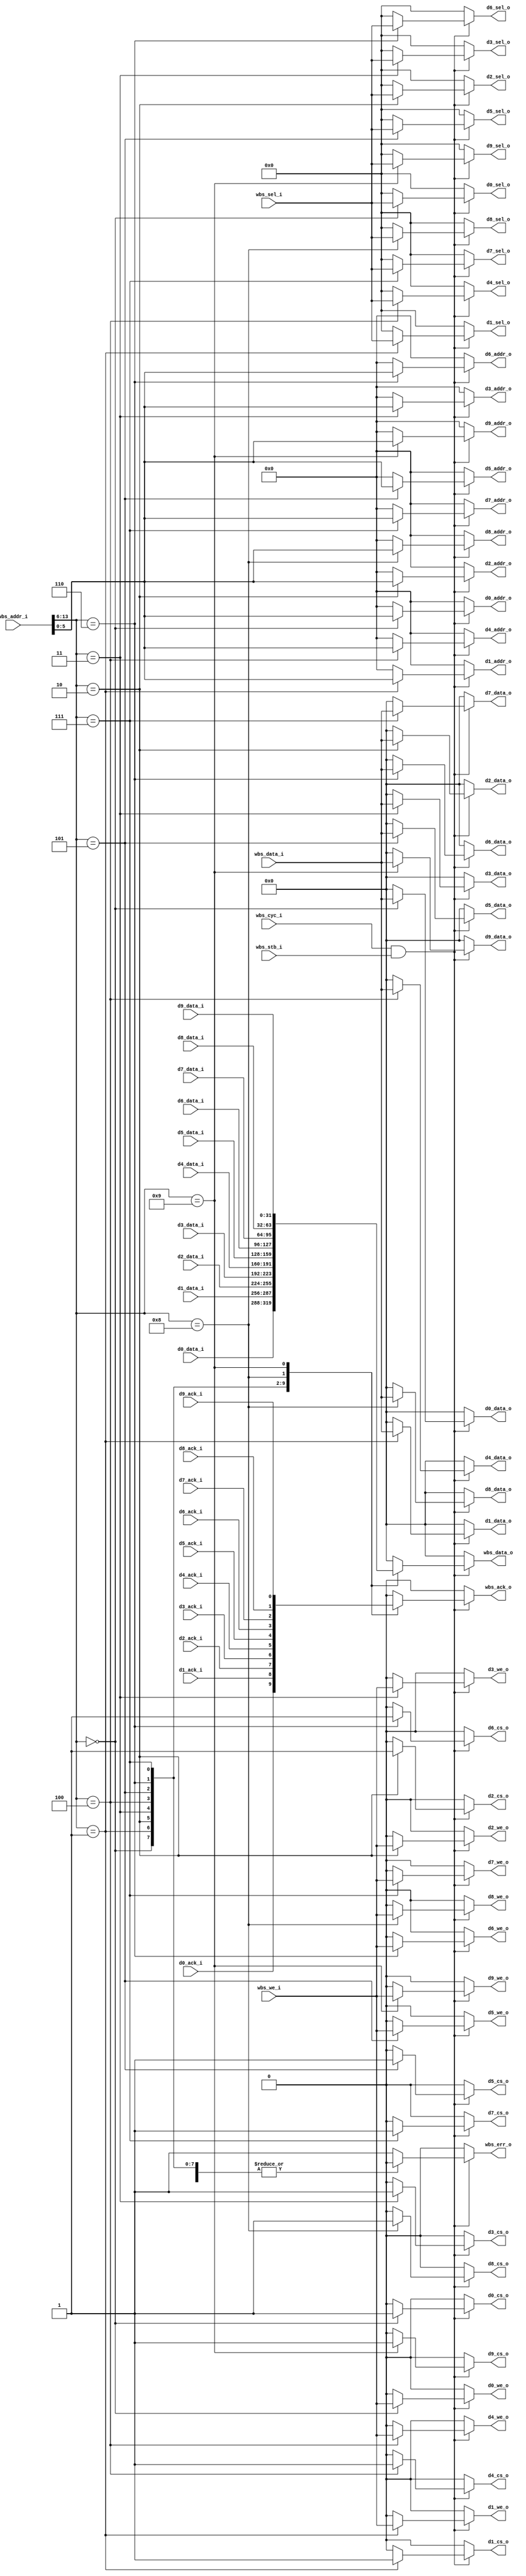
module wb_dev_adapter (
	// wishbone slave interfaces
	input wire wbs_cyc_i,
	input wire wbs_stb_i,
	input wire [TOTAL_ADDR_BITS-1:2] wbs_addr_i,
	input wire [3:0] wbs_sel_i,
	input wire wbs_we_i,
	input wire [31:0] wbs_data_i,
	output reg [31:0] wbs_data_o,
	output reg wbs_ack_o,
	output reg wbs_err_o,
	// slave device 0
	output reg d0_cs_o,
	output reg [SINGLE_ADDR_BITS-1:2] d0_addr_o,
	output reg [3:0] d0_sel_o,
	output reg d0_we_o,
	output reg [31:0] d0_data_o,
	input wire [31:0] d0_data_i,
	input wire d0_ack_i,
	// slave device 1
	output reg d1_cs_o,
	output reg [SINGLE_ADDR_BITS-1:2] d1_addr_o,
	output reg [3:0] d1_sel_o,
	output reg d1_we_o,
	output reg [31:0] d1_data_o,
	input wire [31:0] d1_data_i,
	input wire d1_ack_i,
	// slave device 2
	output reg d2_cs_o,
	output reg [SINGLE_ADDR_BITS-1:2] d2_addr_o,
	output reg [3:0] d2_sel_o,
	output reg d2_we_o,
	output reg [31:0] d2_data_o,
	input wire [31:0] d2_data_i,
	input wire d2_ack_i,
	// slave device 3
	output reg d3_cs_o,
	output reg [SINGLE_ADDR_BITS-1:2] d3_addr_o,
	output reg [3:0] d3_sel_o,
	output reg d3_we_o,
	output reg [31:0] d3_data_o,
	input wire [31:0] d3_data_i,
	input wire d3_ack_i,
	// slave device 4
	output reg d4_cs_o,
	output reg [SINGLE_ADDR_BITS-1:2] d4_addr_o,
	output reg [3:0] d4_sel_o,
	output reg d4_we_o,
	output reg [31:0] d4_data_o,
	input wire [31:0] d4_data_i,
	input wire d4_ack_i,
	// slave device 5
	output reg d5_cs_o,
	output reg [SINGLE_ADDR_BITS-1:2] d5_addr_o,
	output reg [3:0] d5_sel_o,
	output reg d5_we_o,
	output reg [31:0] d5_data_o,
	input wire [31:0] d5_data_i,
	input wire d5_ack_i,
	// slave device 6
	output reg d6_cs_o,
	output reg [SINGLE_ADDR_BITS-1:2] d6_addr_o,
	output reg [3:0] d6_sel_o,
	output reg d6_we_o,
	output reg [31:0] d6_data_o,
	input wire [31:0] d6_data_i,
	input wire d6_ack_i,
	// slave device 7
	output reg d7_cs_o,
	output reg [SINGLE_ADDR_BITS-1:2] d7_addr_o,
	output reg [3:0] d7_sel_o,
	output reg d7_we_o,
	output reg [31:0] d7_data_o,
	input wire [31:0] d7_data_i,
	input wire d7_ack_i,
	// slave device 8
	output reg d8_cs_o,
	output reg [SINGLE_ADDR_BITS-1:2] d8_addr_o,
	output reg [3:0] d8_sel_o,
	output reg d8_we_o,
	output reg [31:0] d8_data_o,
	input wire [31:0] d8_data_i,
	input wire d8_ack_i,
	// slave device 9
	output reg d9_cs_o,
	output reg [SINGLE_ADDR_BITS-1:2] d9_addr_o,
	output reg [3:0] d9_sel_o,
	output reg d9_we_o,
	output reg [31:0] d9_data_o,
	input wire [31:0] d9_data_i,
	input wire d9_ack_i
	);
	
	parameter
		TOTAL_ADDR_BITS = 16,  // address length for the whole device I/O space
		SINGLE_ADDR_BITS = 8;  // address length for single device I/O space
	
	always @(*) begin
		d0_cs_o = 0;
		d0_addr_o = 0;
		d0_sel_o = 0;
		d0_we_o = 0;
		d0_data_o = 0;
		d1_cs_o = 0;
		d1_addr_o = 0;
		d1_sel_o = 0;
		d1_we_o = 0;
		d1_data_o = 0;
		d2_cs_o = 0;
		d2_addr_o = 0;
		d2_sel_o = 0;
		d2_we_o = 0;
		d2_data_o = 0;
		d3_cs_o = 0;
		d3_addr_o = 0;
		d3_sel_o = 0;
		d3_we_o = 0;
		d3_data_o = 0;
		d4_cs_o = 0;
		d4_addr_o = 0;
		d4_sel_o = 0;
		d4_we_o = 0;
		d4_data_o = 0;
		d5_cs_o = 0;
		d5_addr_o = 0;
		d5_sel_o = 0;
		d5_we_o = 0;
		d5_data_o = 0;
		d6_cs_o = 0;
		d6_addr_o = 0;
		d6_sel_o = 0;
		d6_we_o = 0;
		d6_data_o = 0;
		d7_cs_o = 0;
		d7_addr_o = 0;
		d7_sel_o = 0;
		d7_we_o = 0;
		d7_data_o = 0;
		d8_cs_o = 0;
		d8_addr_o = 0;
		d8_sel_o = 0;
		d8_we_o = 0;
		d8_data_o = 0;
		d9_cs_o = 0;
		d9_addr_o = 0;
		d9_sel_o = 0;
		d9_we_o = 0;
		d9_data_o = 0;
		if (wbs_cyc_i & wbs_stb_i) case (wbs_addr_i[TOTAL_ADDR_BITS-1:SINGLE_ADDR_BITS])
			0: begin
				d0_cs_o = 1;
				d0_addr_o = wbs_addr_i[SINGLE_ADDR_BITS-1:2];
				d0_sel_o = wbs_sel_i;
				d0_we_o = wbs_we_i;
				d0_data_o = wbs_data_i;
			end
			1: begin
				d1_cs_o = 1;
				d1_addr_o = wbs_addr_i[SINGLE_ADDR_BITS-1:2];
				d1_sel_o = wbs_sel_i;
				d1_we_o = wbs_we_i;
				d1_data_o = wbs_data_i;
			end
			2: begin
				d2_cs_o = 1;
				d2_addr_o = wbs_addr_i[SINGLE_ADDR_BITS-1:2];
				d2_sel_o = wbs_sel_i;
				d2_we_o = wbs_we_i;
				d2_data_o = wbs_data_i;
			end
			3: begin
				d3_cs_o = 1;
				d3_addr_o = wbs_addr_i[SINGLE_ADDR_BITS-1:2];
				d3_sel_o = wbs_sel_i;
				d3_we_o = wbs_we_i;
				d3_data_o = wbs_data_i;
			end
			4: begin
				d4_cs_o = 1;
				d4_addr_o = wbs_addr_i[SINGLE_ADDR_BITS-1:2];
				d4_sel_o = wbs_sel_i;
				d4_we_o = wbs_we_i;
				d4_data_o = wbs_data_i;
			end
			5: begin
				d5_cs_o = 1;
				d5_addr_o = wbs_addr_i[SINGLE_ADDR_BITS-1:2];
				d5_sel_o = wbs_sel_i;
				d5_we_o = wbs_we_i;
				d5_data_o = wbs_data_i;
			end
			6: begin
				d6_cs_o = 1;
				d6_addr_o = wbs_addr_i[SINGLE_ADDR_BITS-1:2];
				d6_sel_o = wbs_sel_i;
				d6_we_o = wbs_we_i;
				d6_data_o = wbs_data_i;
			end
			7: begin
				d7_cs_o = 1;
				d7_addr_o = wbs_addr_i[SINGLE_ADDR_BITS-1:2];
				d7_sel_o = wbs_sel_i;
				d7_we_o = wbs_we_i;
				d7_data_o = wbs_data_i;
			end
			8: begin
				d8_cs_o = 1;
				d8_addr_o = wbs_addr_i[SINGLE_ADDR_BITS-1:2];
				d8_sel_o = wbs_sel_i;
				d8_we_o = wbs_we_i;
				d8_data_o = wbs_data_i;
			end
			9: begin
				d9_cs_o = 1;
				d9_addr_o = wbs_addr_i[SINGLE_ADDR_BITS-1:2];
				d9_sel_o = wbs_sel_i;
				d9_we_o = wbs_we_i;
				d9_data_o = wbs_data_i;
			end
		endcase
	end
	
	always @(*) begin
		wbs_data_o = 0;
		wbs_ack_o = 0;
		wbs_err_o = 0;
		if (wbs_cyc_i & wbs_stb_i) case (wbs_addr_i[TOTAL_ADDR_BITS-1:SINGLE_ADDR_BITS])
			0: begin
				wbs_data_o = d0_data_i;
				wbs_ack_o = d0_ack_i;
			end
			1: begin
				wbs_data_o = d1_data_i;
				wbs_ack_o = d1_ack_i;
			end
			2: begin
				wbs_data_o = d2_data_i;
				wbs_ack_o = d2_ack_i;
			end
			3: begin
				wbs_data_o = d3_data_i;
				wbs_ack_o = d3_ack_i;
			end
			4: begin
				wbs_data_o = d4_data_i;
				wbs_ack_o = d4_ack_i;
			end
			5: begin
				wbs_data_o = d5_data_i;
				wbs_ack_o = d5_ack_i;
			end
			6: begin
				wbs_data_o = d6_data_i;
				wbs_ack_o = d6_ack_i;
			end
			7: begin
				wbs_data_o = d7_data_i;
				wbs_ack_o = d7_ack_i;
			end
			8: begin
				wbs_data_o = d8_data_i;
				wbs_ack_o = d8_ack_i;
			end
			9: begin
				wbs_data_o = d9_data_i;
				wbs_ack_o = d9_ack_i;
			end
			default: begin
				wbs_err_o = 1;
			end
		endcase
	end
	
endmodule